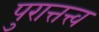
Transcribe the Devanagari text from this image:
पुरात्तत्त्व